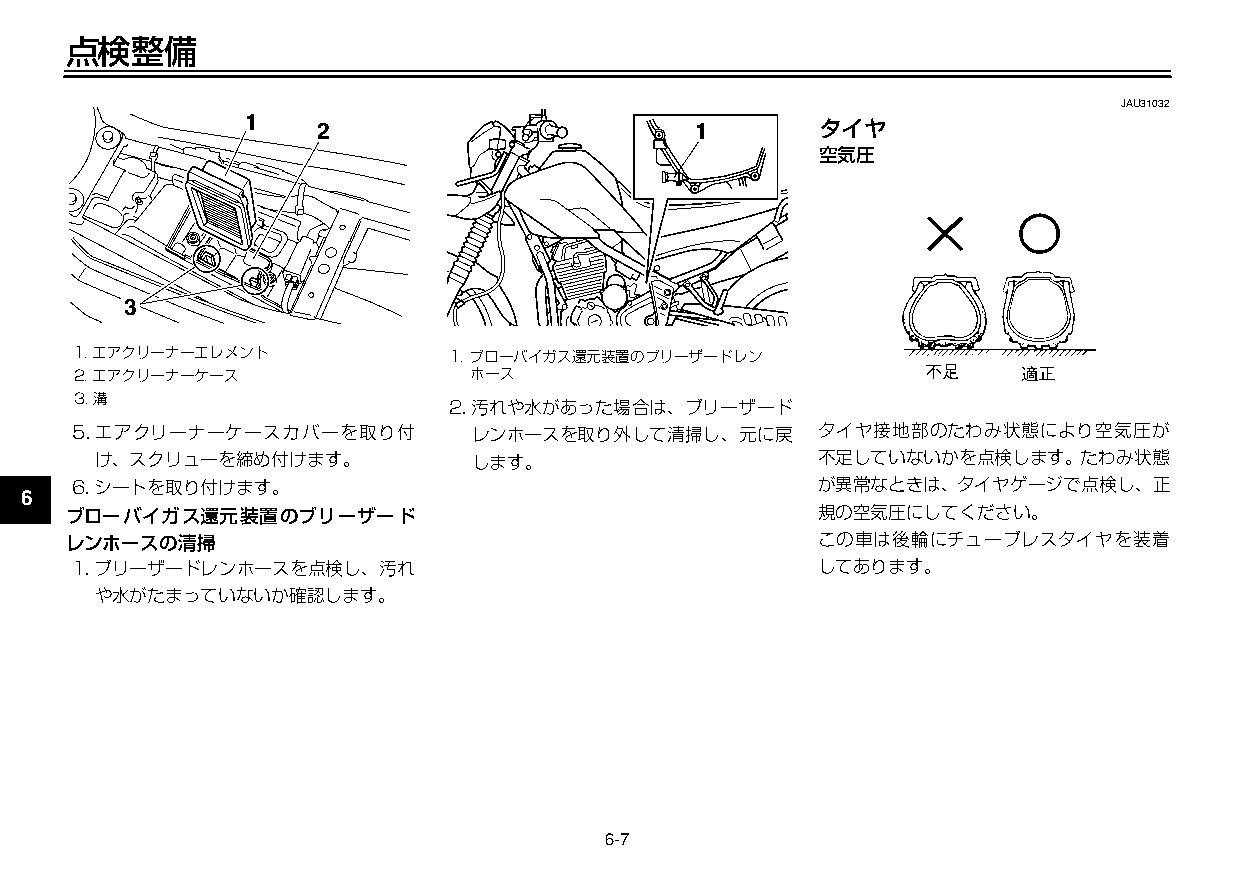
U3C5J7J0 7ページ ２００９年１１月４日 水曜日 午前９時４７分
 点検整備
 JAU31032
 1
 2                        1       タイヤ
 空気圧
 1
 2
 3
 3
 1.エアクリーナーエレメント           1.ブローバイガス還元装置のブリーザードレン
 4  2.エアクリーナーケース              ホース
 3.溝
 2.汚れや水があった場合は、ブリーザード
 5  5.エアクリーナーケースカバーを取り付       レンホースを取り外して清掃し、元に戻     タイヤ接地部のたわみ状態により空気圧が
 け、スクリューを締め付けます。          します。                   不足していないかを点検します。たわみ状態
 6.シートを取り付けます。                                    が異常なときは、タイヤゲージで点検し、正
 6
 ブローバイガス還元装置のブリーザード                               規の空気圧にしてください。
 レンホースの清掃                                         この車は後輪にチューブレスタイヤを装着
 7
 1.ブリーザードレンホースを点検し、汚れ                             してあります。
 や水がたまっていないか確認します。
 8
 9
 6-7